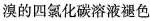
溴的四氯化碳溶液褪色